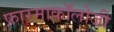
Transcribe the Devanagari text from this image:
फ़ारमाकॉलोजी